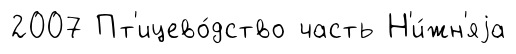
2007 Пт'ицево́дство часть Н'и́жн'яjа